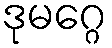
ဒုမဂ္ဂေ